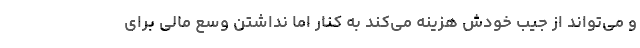
و می‌تواند از جیب خودش هزینه می‌کند به کنار اما نداشتن وسع مالی برای